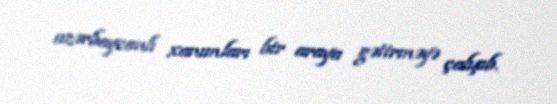
azərbaycanlı xanımları bir araya gətirməyə çalışıb.